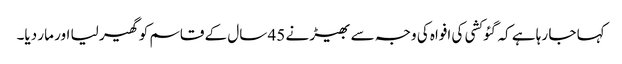
کہا جا رہا ہے کہ گئو کشی کی افواہ کی وجہ سے بھیڑ نے 45 سال کے قاسم کو گھیر لیا اور مار دیا۔